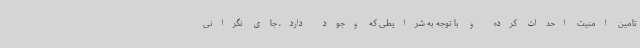
تامین امنیت احداث کرده و با توجه به شرایطی که وجود دارد، جای نگرانی